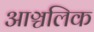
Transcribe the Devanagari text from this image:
आञ्चलिक